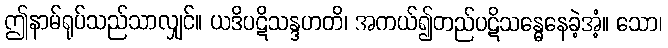
ဤနာမ်ရုပ်သည်သာလျှင်။ ယဒိပဋိသန္ဒဟတိ၊ အကယ်၍တည်ပဋိသန္ဓေနေခဲ့အံ့။ သော၊